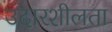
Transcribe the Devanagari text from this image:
उदारशीलता